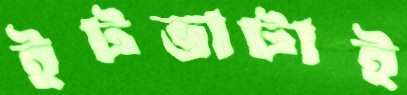
ইটভাটাই